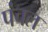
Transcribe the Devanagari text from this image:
पंचल